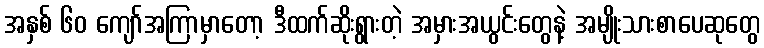
အနှစ် ၆၀ ကျော်အကြာမှာတော့ ဒီထက်ဆိုးရွားတဲ့ အမှားအယွင်းတွေနဲ့ အမျိုးသားစာပေဆုတွေ